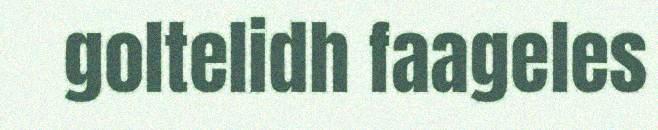
goltelidh faageles